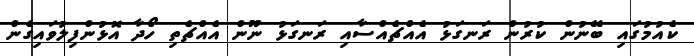
ކެއުމުގައި ބޭނުން ކުރުން ރަނގަޅު އެއްޗެއްސާއި ރަނގަޅު ނޫން އެއްޗެތި ހޯދާ އޮޅުންފިލުވައިގެން